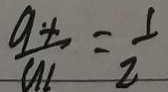
\frac { a \cdot + } { a _ { 1 } } = \frac { 1 } { 2 }